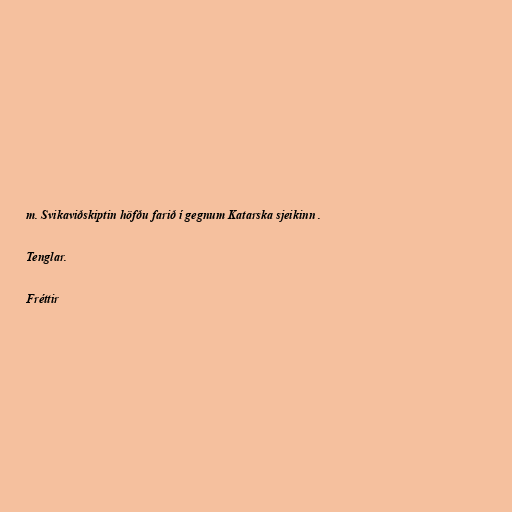
m. Svikaviðskiptin höfðu farið í gegnum Katarska sjeikinn .

Tenglar.

Fréttir